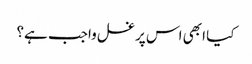
کیا ابھی اس پر غسل واجب ہے؟